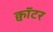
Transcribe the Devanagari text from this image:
क्वॉटर